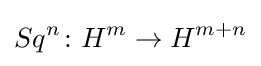
Sq^{n}\colon H^{m}\to H^{m+n}